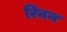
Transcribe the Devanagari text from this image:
रिवन